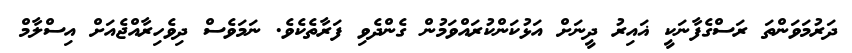
ދަރުމަވަންތަ ރަސްގެފާނަކީ ޣައިރު ދީނަށް އަޅުކަންކުރައްވަމުން ގެންދެވި ފަރާތެކެވެ. ނަމަވެސް ދިވެހިރާއްޖެއަށް އިސްލާމް